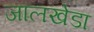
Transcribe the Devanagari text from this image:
जालखेडा